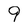
Character: 9